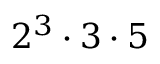
2 ^ { 3 } \cdot 3 \cdot 5